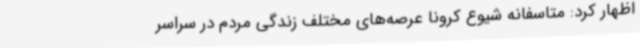
اظهار کرد: متاسفانه شیوع کرونا عرصه‌های مختلف زندگی مردم در سراسر